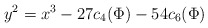
\begin{align*}y^2=x^3-27c_4(\Phi)-54 c_6 (\Phi)\end{align*}